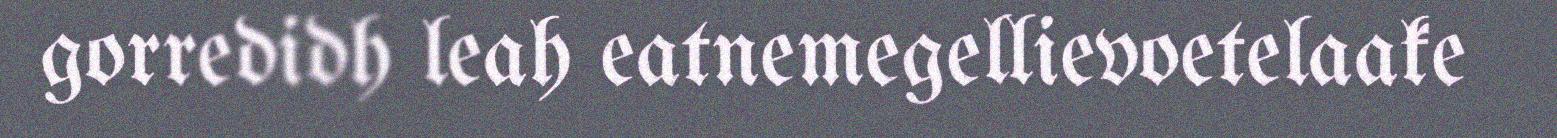
gorredidh leah eatnemegellievoetelaake